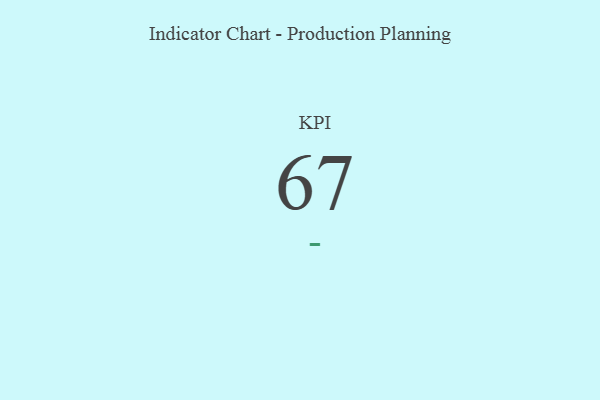
{"axis": {"x": "KPI", "y": "Value"}, "legend": [""], "data": [{"x": "KPI", "y": 67, "type": ""}]}